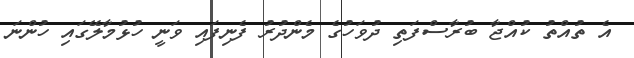
އެ ތުއްތު ކުއްޖާ ބުރާސްފަތި ދުވަހުގެ މެންދުރު ފެނިފައި ވަނީ ހުޅުމާލޭގައި ހުންނަ